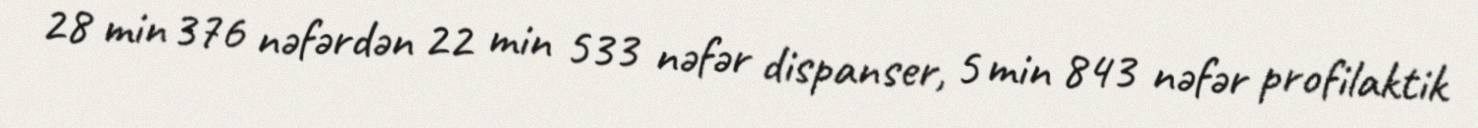
28 min 376 nəfərdən 22 min 533 nəfər dispanser, 5 min 843 nəfər profilaktik